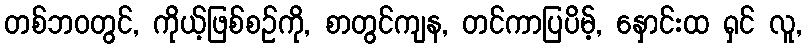
တစ်ဘဝတွင်, ကိုယ့်ဖြစ်စဉ်ကို, စာတွင်ကျန, တင်ကာပြပိမ့်, နှောင်းထ ရှင် လူ,